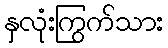
နှလုံးကြွက်သား